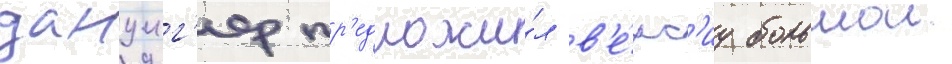
данциг'ер пр'едложи́л в'е́рс'иу большои